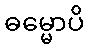
ဓမ္မောပိ